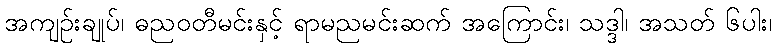
အကျဉ်းချုပ်၊ ဓညဝတီမင်းနှင့် ရာမညမင်းဆက် အကြောင်း၊ သဒ္ဒါ၊ အသတ် ၆ပါး၊